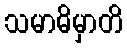
သမာဓိမှာတိ